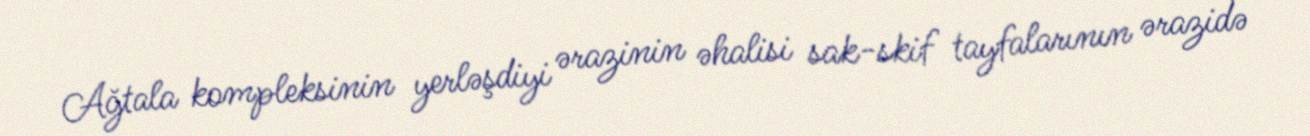
Ağtala kompleksinin yerləşdiyi ərazinin əhalisi sak-skif tayfalarının ərazidə